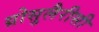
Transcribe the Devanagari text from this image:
ग्रोसुलैरीसी